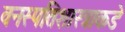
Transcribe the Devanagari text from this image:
वनस्पतिशास्त्राकडे